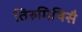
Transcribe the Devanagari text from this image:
तिरुमिषिसै